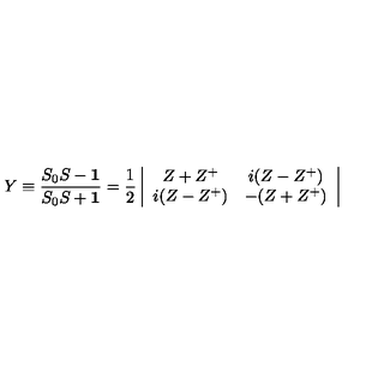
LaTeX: Y \equiv \frac { S _ { 0 } S - { \bf 1 } } { S _ { 0 } S + { \bf 1 } } = \frac { 1 } { 2 } \left| \begin{array} { c c } { Z + Z ^ { + } } & { i ( Z - Z ^ { + } ) } \\ { i ( Z - Z ^ { + } ) } & { - ( Z + Z ^ { + } ) } \\ \end{array} \right|